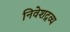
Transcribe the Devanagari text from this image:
निवेशद्रव्य